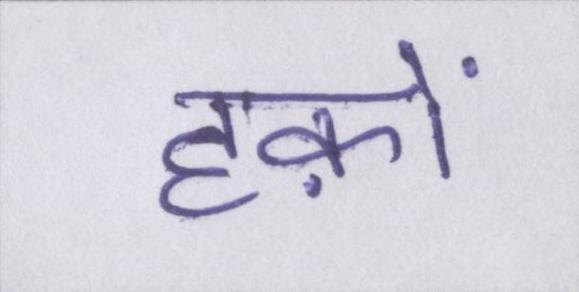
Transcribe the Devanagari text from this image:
हक़ों